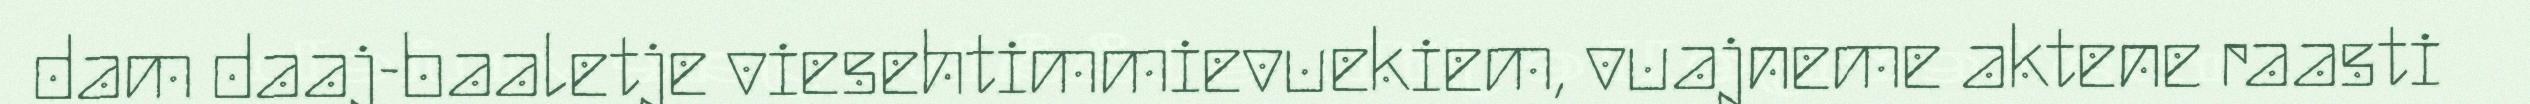
dam daaj-baaletje viesehtimmievuekiem, vuajneme aktene raasti